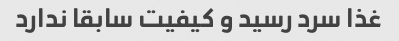
غذا سرد رسید و کیفیت سابقا ندارد